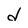
Character: d